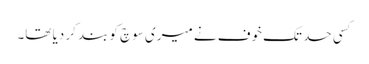
کسی حد تک خوف نے میری سوچ کو بند کر دیا تھا۔